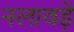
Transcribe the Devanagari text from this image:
नलावडे़